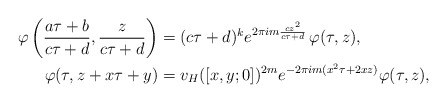
\begin{align*}\varphi\left(\frac{a\tau+b}{c\tau+d},\frac{z}{c\tau+d}\right)&=(c\tau+d)^ke^{2\pi i m \frac{cz^2}{c\tau+d}}\,\varphi(\tau,z),\\\varphi(\tau,z+x\tau+y)&=v_H([x,y;0])^{2m}e^{-2\pi i m (x^2\tau+2xz)}\varphi(\tau,z),\end{align*}